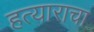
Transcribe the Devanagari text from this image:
हत्याराचा